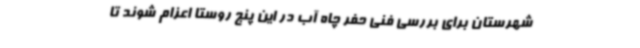
شهرستان برای بررسی فنی حفر چاه آب در این پنج روستا اعزام شوند تا